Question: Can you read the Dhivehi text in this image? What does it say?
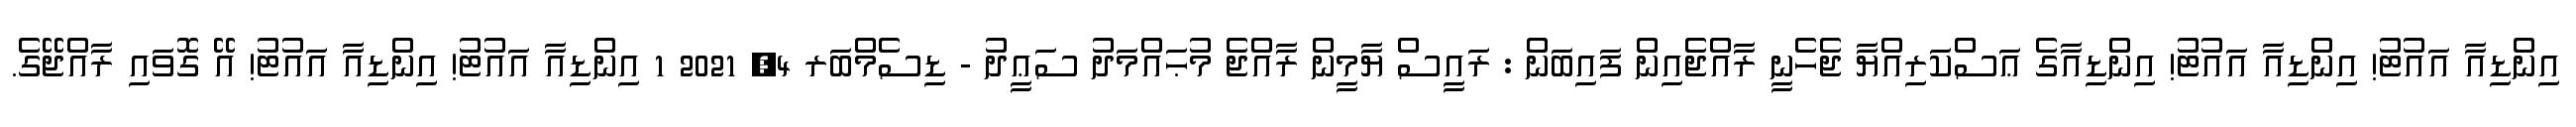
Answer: އިންޑިއާ އައުޓު! އިންޑިއާ އައުޓު! އިންޑިއާގެ ޢަސްކަރިއްޔާ ޖެހެނީ ރާއްޖެއިން ފައިބަން : ރައީސް ޔާމީން ރާއްޖެ މުޙައްމަދު ސަޢީދު - ޑިސެމްބަރ 4, 2021 1 އިންޑިއާ އައުޓު! އިންޑިއާ އައުޓު! އޭ ގޮވައި ރާއްޖޭގެ.